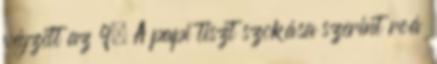
végzett az 9. A papi tiszt szokása szerint reá